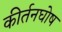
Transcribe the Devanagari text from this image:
कीर्तनघोष